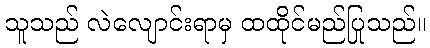
သူသည် လဲလျောင်းရာမှ ထထိုင်မည်ပြုသည်။